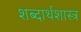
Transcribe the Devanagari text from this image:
शब्दार्थशास्त्र